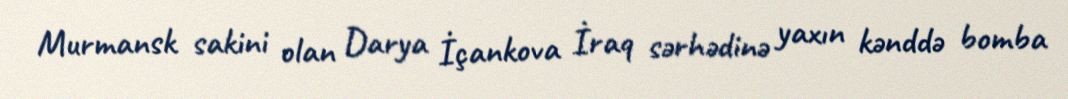
Murmansk sakini olan Darya İçankova İraq sərhədinə yaxın kənddə bomba